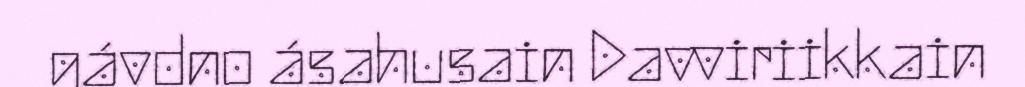
gávdno ásahusain Davviriikkain